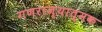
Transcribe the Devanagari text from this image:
गणराज्‍यात्‍मक